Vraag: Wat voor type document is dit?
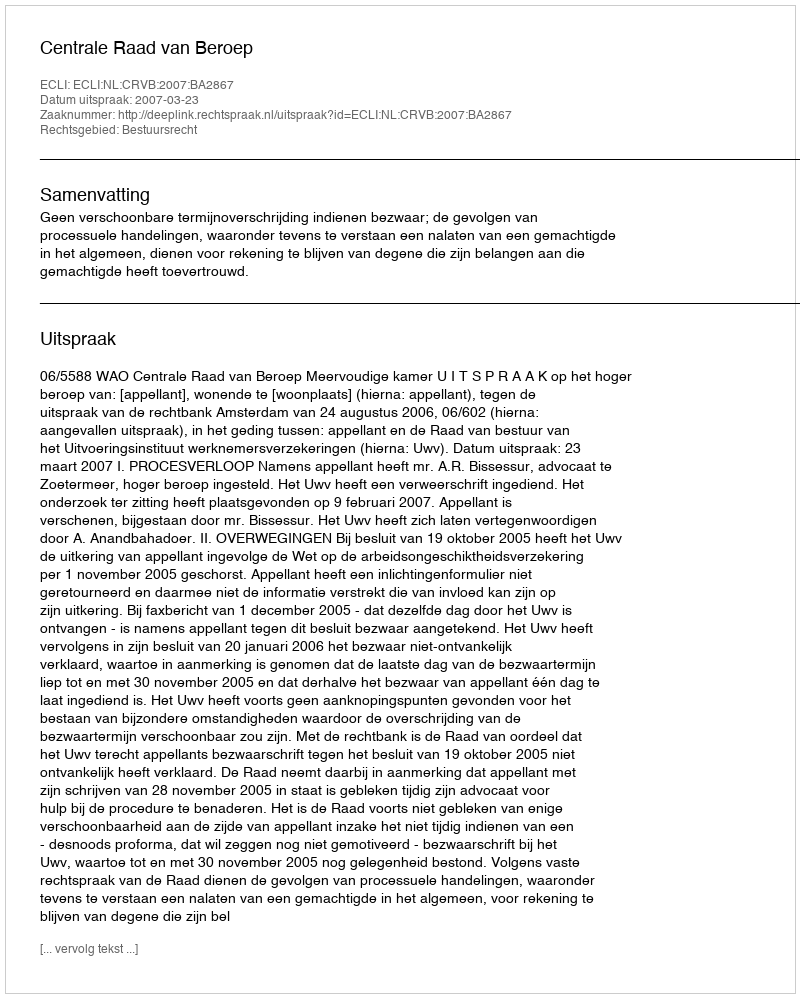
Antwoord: Uitspraak